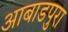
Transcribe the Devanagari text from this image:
आबाडपुरा